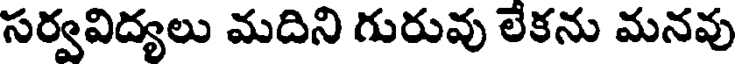
సర్వవిద్యలు మదిని గురువు లేకను మనవు